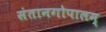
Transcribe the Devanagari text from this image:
संतानगोपालम्